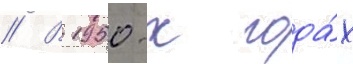
// В 1950-х года́х